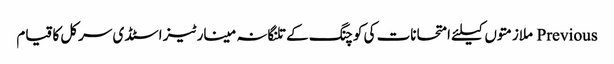
Previous ملازمتوں کیلئے امتحانات کی کوچنگ کے تلنگانہ مینارٹیز اسٹڈی سرکل کا قیام